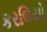
કરલિયો